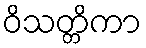
ဝိသတ္တိကာ